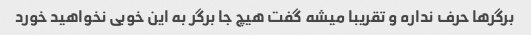
برگرها حرف نداره و تقریبا میشه گفت هیچ جا برگر به این خوبی نخواهید خورد